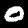
Digit: 0